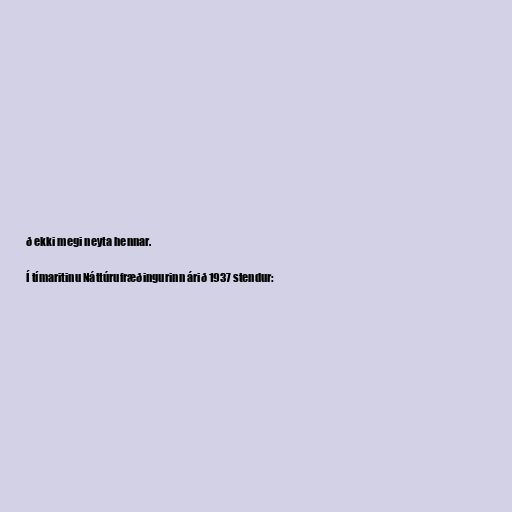
ð ekki megi neyta hennar.

Í tímaritinu Náttúrufræðingurinn árið 1937 stendur: